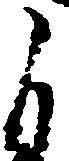
自